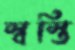
স্বস্তি